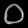
Digit: ၀